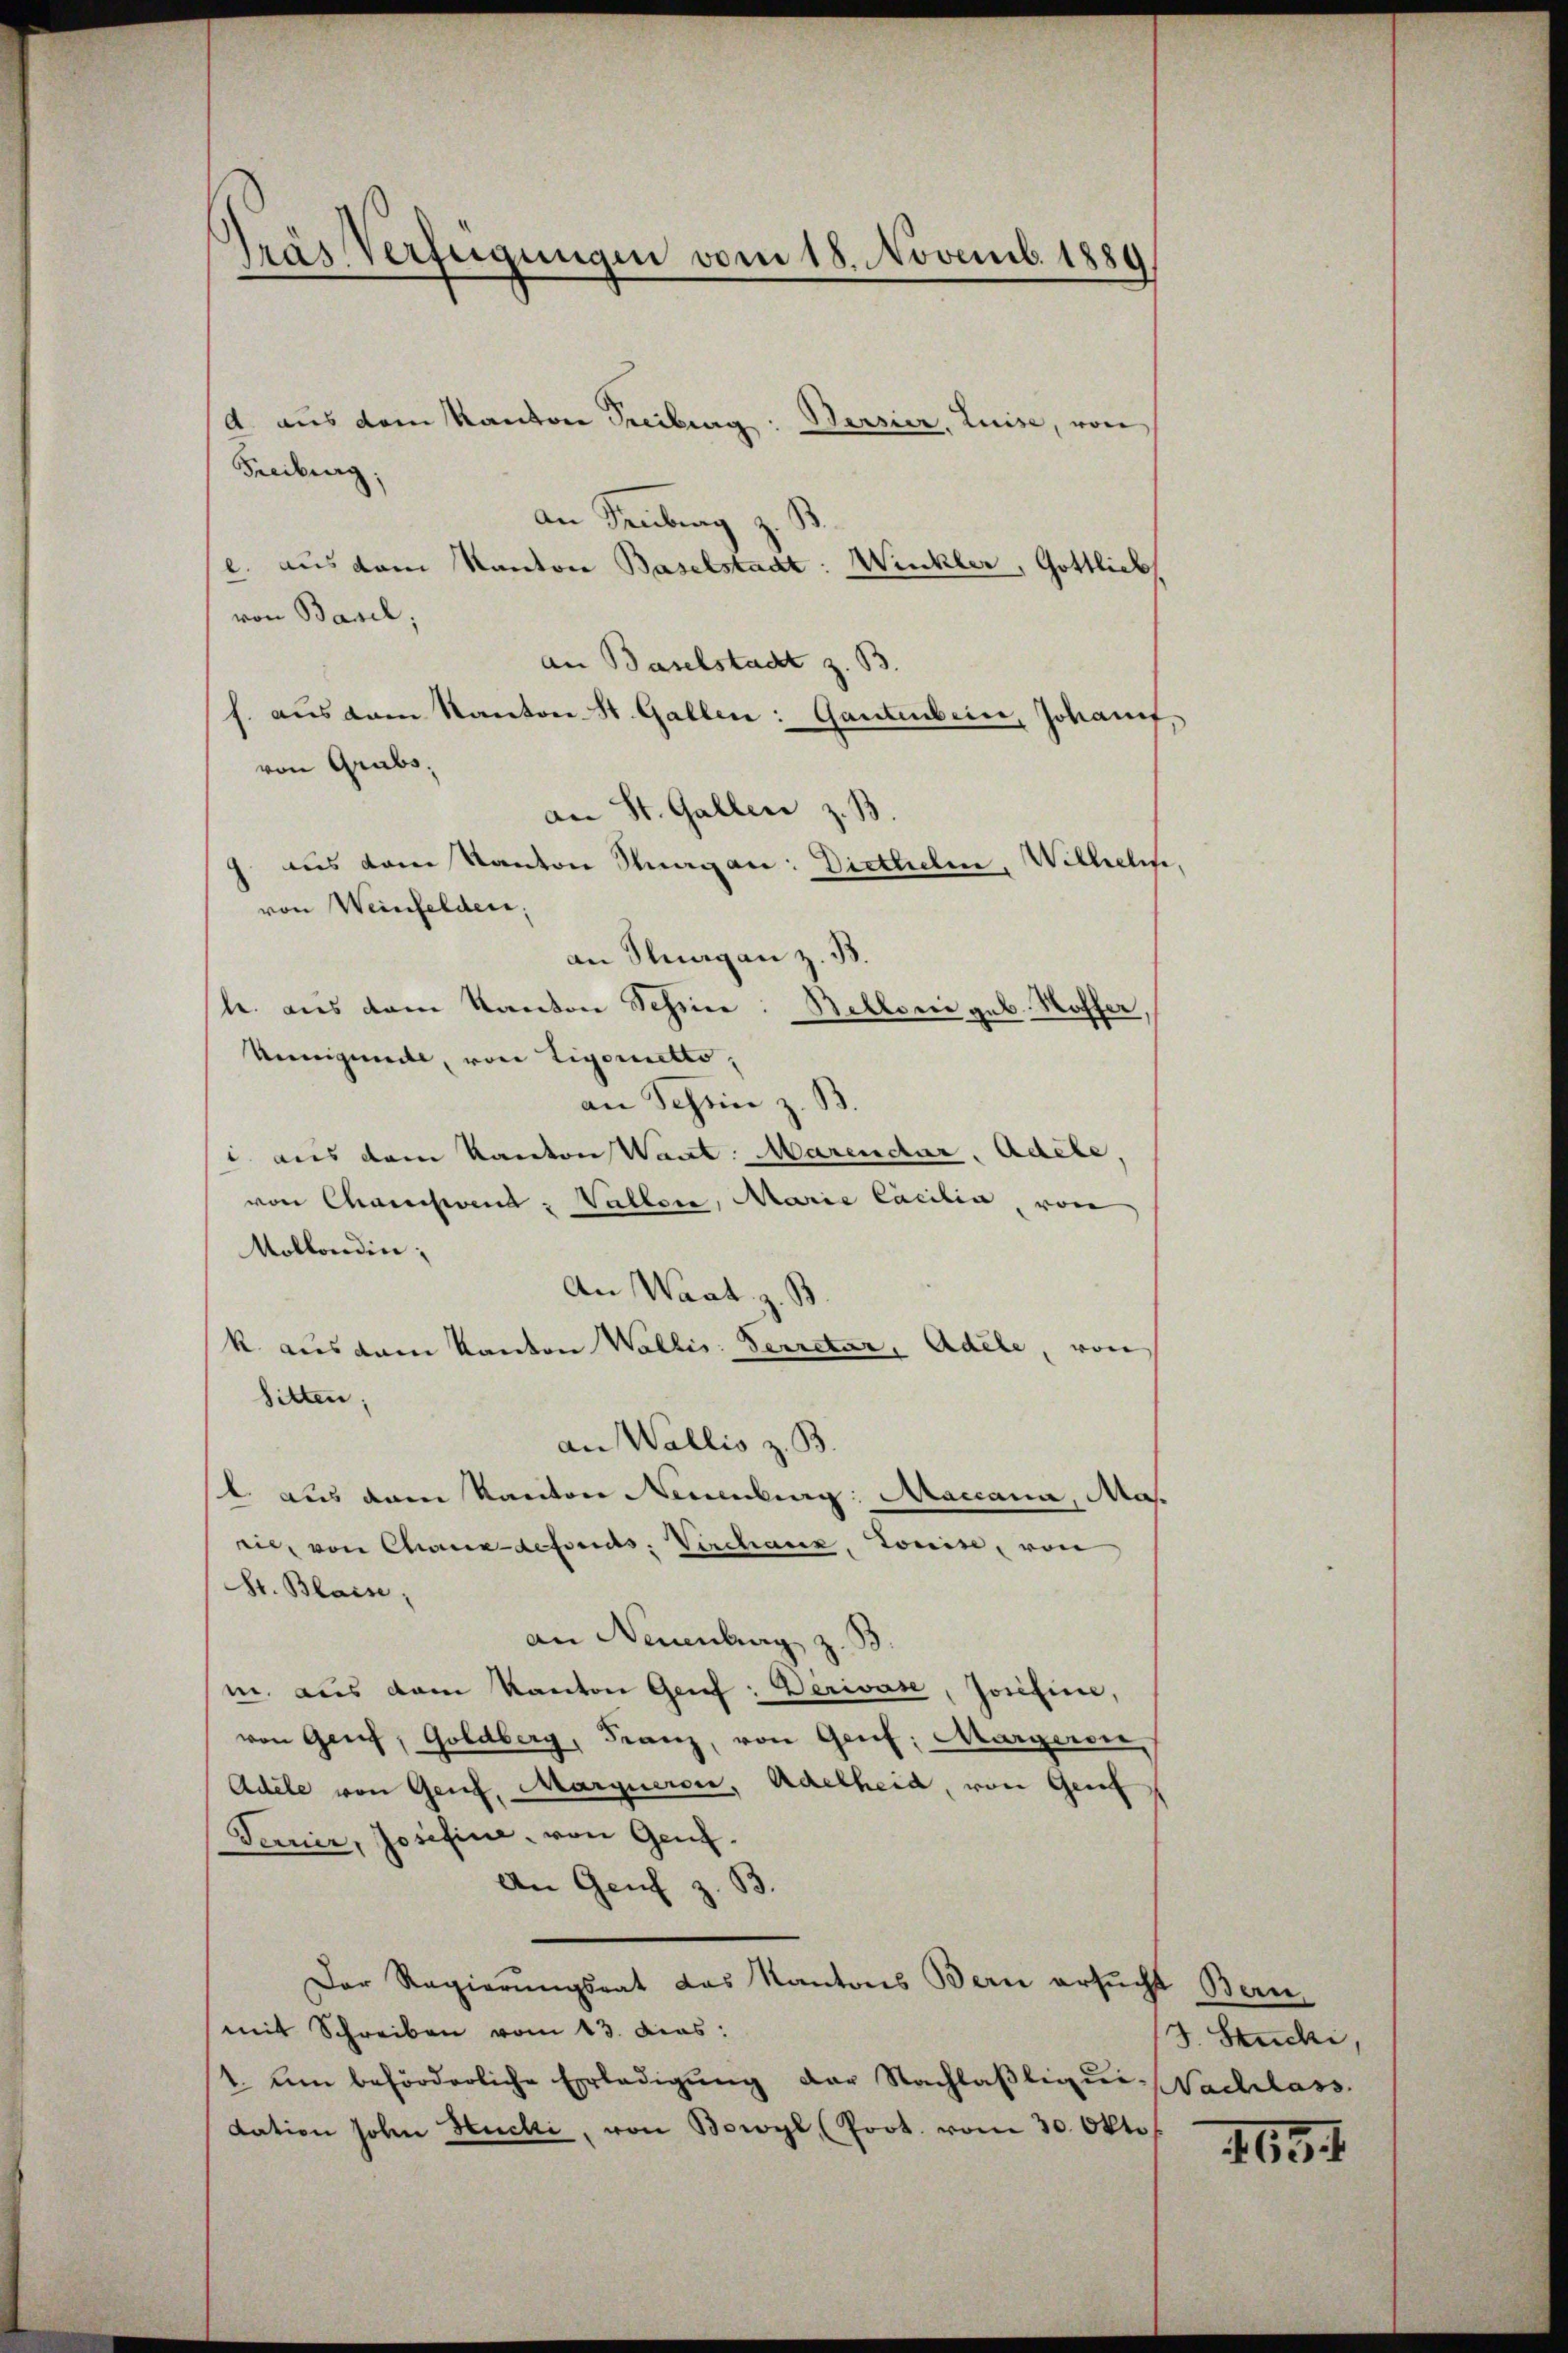
Gras Verfügungen vom 18. Novemb. 1889

d. aus dem Kanton Treiburg: Bersier, Luise, von
Freiburg,
an Sentrag
e. aus dem Kanton Baselstadt: Winkler, Gottlich
von Basel;
an Baselstadt z. B.
f. aus dem Kanton St. Gallen: Gantenbein, Johannt,
von Grabs,
an St. Galler z. B.
us dem Kanton Stragen: Diethelm, Wilhelm,
von Weinfelden,
an Klagan z. B.
le. aus dem Kanton Schine: Balloni geb. Hoffer
Reinigende, von Ligoretto,
an Schön z. B.
 aus dem Kanton Want. Marendar. Adele,
von Chausend: Waller, Marie Casilia, von
Mollondin;
An Waadt, z. B.
k. aus dem Kanton Wallis: Secretär, Adele, von
Sitten;
an Wallis z. B.
l. aus dem Kanton Neuenburg: Maccana, Ma
rie, von Chaux-defonds, Verchanz, Louise, von
Gr. Blaise,
an Neuenburg z. B.
m. aus dem Kanton Genf: Derivase, Josefine,
von Genf, Goldberg, Franz, von Genf; Margeron
Adele von Genf, Marquero, Adelheid, von Genf
Ferner, Josefine, von Genf.
An Genf z. B.
Der Regierungsrat das Kantons Bern ersucht Bern
mit Schreiben vom 13. Das:
1. Am beförderliche Erledigŭng der Nachlaβliqŭi-Nachlass
dation solen Hucki, von Bowyl, (Prot. vom 30. Okto

J. Stucki,

1654